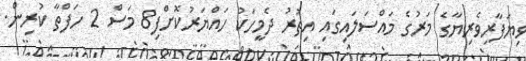
ވިޔަފާރިވެރިޔާގެ މަރުގެ މައްސަލައިގައި އިތުރު ދެމީހަކު ހައްޔަރުކޮށްފި8 މަސް 2 ހަފްތާ ކުރިން.